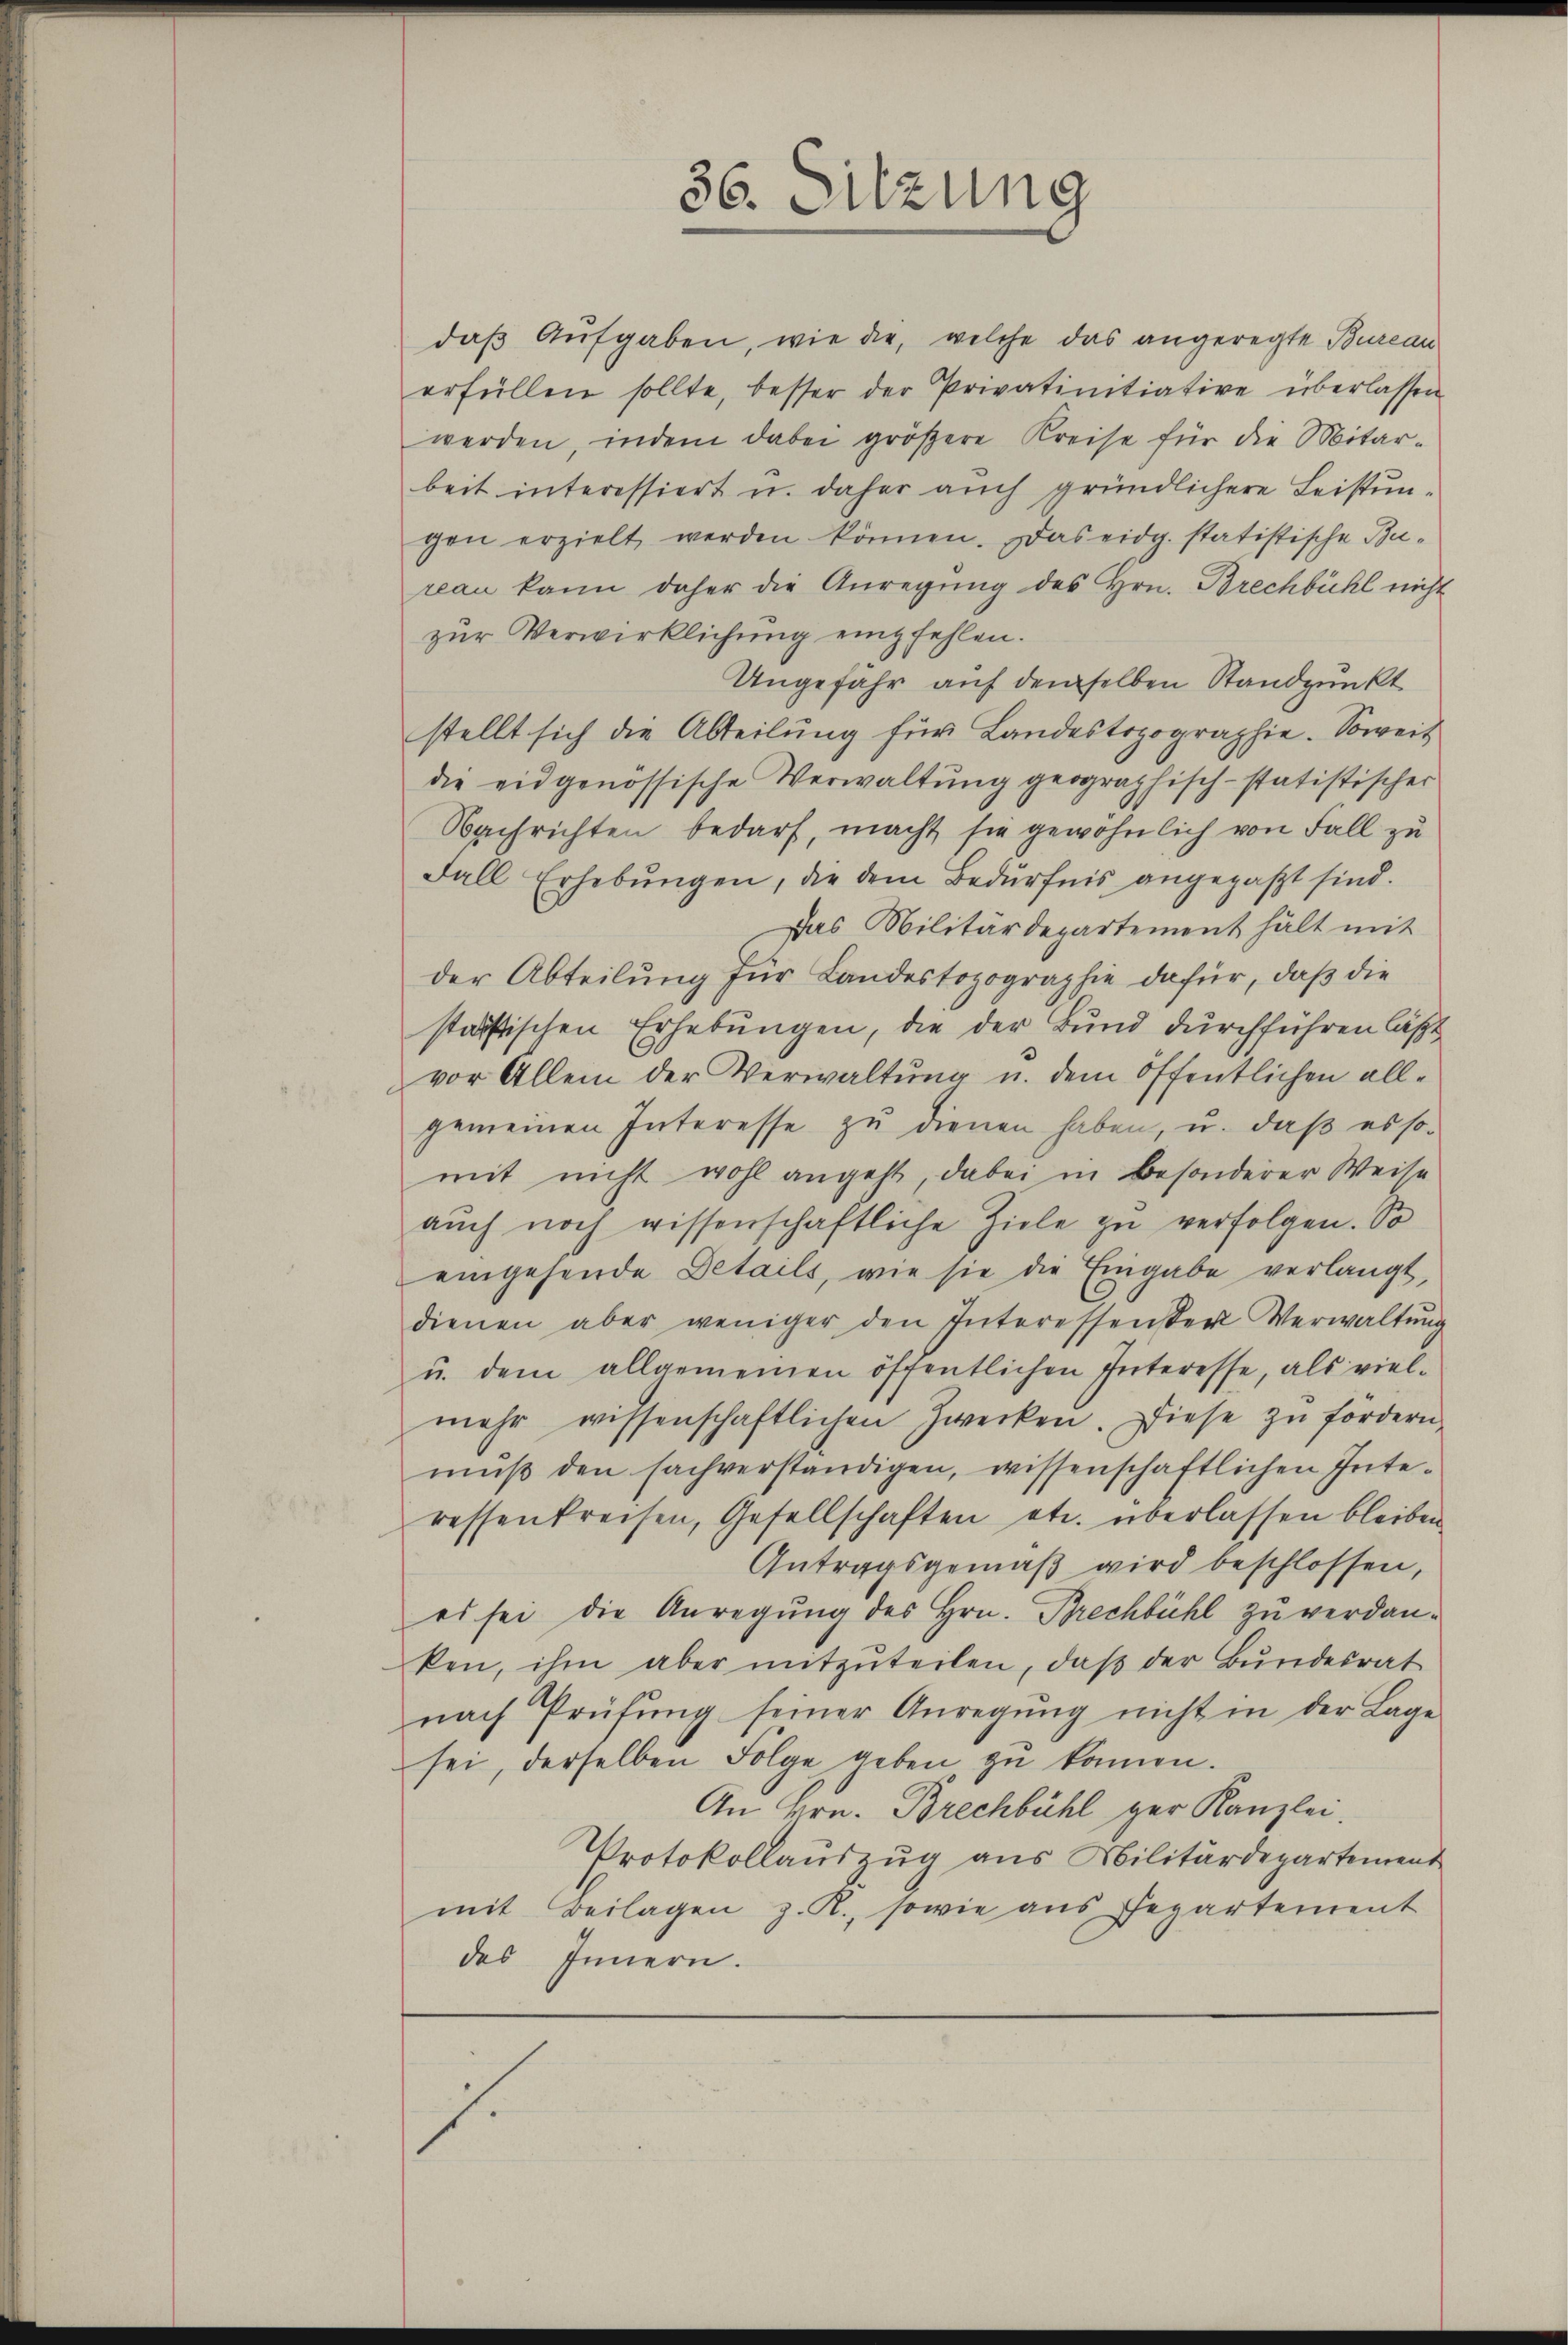
36. Sitzung

daß Aufgaben, wie die, welche das angeregte Bureau
erfüllen sollte, besser der Privatinitiative überlassen
werden, indem dabei größere Kreise für die Mitar-
beit interessiert u. daher auch gründlichere Leistun-
gen erzielt werden können. Das eidg. statistische Burean kann daher die Anregŭng des Hrn. Brechbühl nicht
zur Verwirklichung einpfehlen.
Ungefähr auf demselben Standpunkt
stellt sich die Abteilung für Landestopographie. Soweit
die eidgenössische Verwaltŭng geographisch-statistischer
Nachrichten bedarf, macht sie gewöhnlich von Fall zu
Fall Erhebungen, die dem Bedürfnis angepaßt sind.
Das Militärdepartement hält mit
der Abteilung für Landestopographie dafür, daß die
stössischen Erhebungen, die der Bund durchführen läßt
vor Allem der Verwaltŭng u. dem öffentlichen all-
gemeinen Interesse zu dienen haben, u. daß es somit nicht wohl angeht, dabei in besonderer Weise
auch noch wissenschaftliche Ziele zu verfolgen. So
eingehende Details, wie sie die Eingabe verlangt,
dienen aber weniger den Interessenster Verwaltŭng
u. dem allgemeinen öffentlichen Interesse, als vielmehr wissenschaftlichen Zwecken. Diese zŭ fördern,
muß den sachverständigen, wissenschaftlichen Interessenkreisen, Gesellschaften etc. überlassen bleiben
Gutragsgemäβ wird beschlossen,
es sei die Anregung des Hrn. Brechbühl zu verdanken, ihm aber mitzŭteilen, daβ der Bŭndesrat
nach Prüfŭng seiner Anregŭng nicht in der Lage
sei, derselben Folge geben zu können.
An Hrn. Brechbühl gar Kanzlei.
Protokollauszug aus Militärdepartement
mit Beilagen z. R., sowie aus Departement
des Innern.
1.